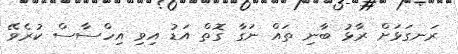
ރަނގަޅަށް ރާޅު ބާނި ތައް ނަގާ ގޮތް އަޑު އިވި އިހްސާސް ކުރެވޭ